Vaccination in Bombay 1889-1901 - 1889-1901
Year: 1889
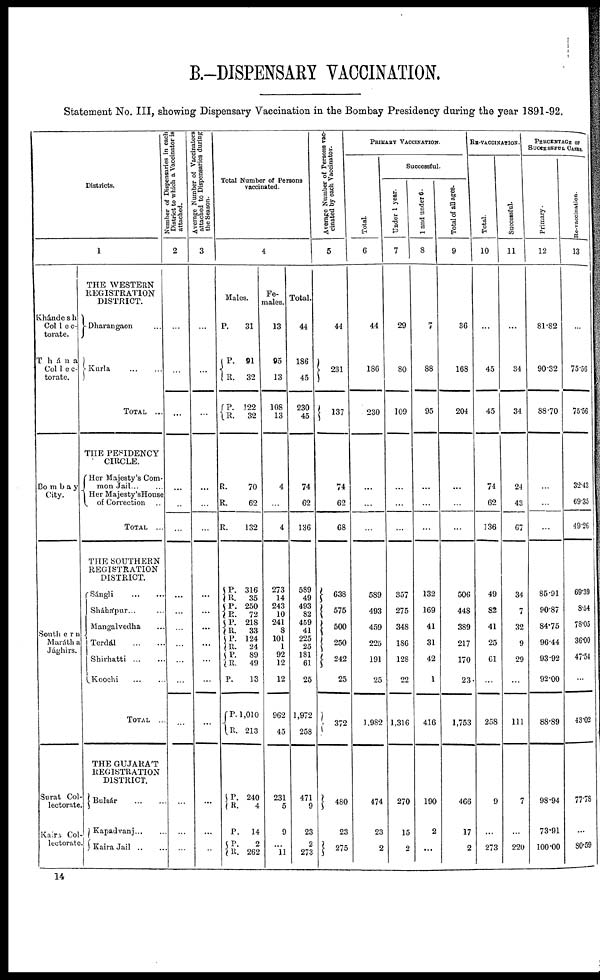
B.—DISPENSARY VACCINATION.
Statement No. III, showing Dispensary Vaccination in the Bombay Presidency during the year 1891-92.
Districts.
1
Khándesh
Col1ec-
torate.
Thána
Col1ec-
torate.
Bombay
City.
Southern
Marátha
Jághirs.
Surat Col-
lectorate.
Kaira Col-
lectorate.
THE WESTERN
REGISTRATION
DISTRICT.
Dharangaon ...
Kurla
...
...
TOTAL ...
THE PESIDENCY
CIRCLE.
Her Majesty's Com-
mon Jail ... ...
Her Majesty'sHouse
of Correction ..
TOTAL ...
THE SOUTHERN
REGISTRATION
DISTRICT.
Sángli
...
...
Sháhápur... ...
Mangalvedha ...
Terdál
...
...
Shirhatti
...
...
Koochi ... ...
TOTAL ...
THE GUJARA'T
REGISTRATION
DISTRICT.
Bulsár
...
...
Kapadvanj ... ...
Kaira Jail ... ...
Number of Dispensaries in each
District to which a Vaccinator is
attached.
2
...
...
...
...
...
...
...
...
...
...
...
...
...
...
...
...
Average Number of Vaccinators
attached to Dispensaries during
the Season.
3
...
...
...
...
...
...
...
...
...
...
...
...
...
...
...
...
Total Number of Persons
vaccinated.
4
Males.
P.
P.
R.
P.
R.
R.
R.
R.
P. R.
P.
R.
P.
R.
P.
R.
P.
R.
P.
P.
R.
P.
R.
P.
P.
R.
31
91
32
122
32
70
62
132
316
35
250
72
218
33
124
24
89
49
13
1,010
213
240
4
14
2
262
Fe-
males.
13
95
13
108
13
4
...
4
273
14
243
10
241
8
101
1
92
12
12
962
45
231
5
9
...
11
Total.
44
186
45
230
45
74
62
136
589
49
493
82
459
41
225
25
181
61
25
1,972
258
471
9
23
2
273
Average Number of Persons vac-
cinated by each Vaccinator.
5
44
231
137
74
62
68
638
575
500
250
242
25
372
480
23
275
PRIMARY VACCINATION.
Total
6
44
186
230
...
...
...
589
493
459
225
191
25
1,982
474
23
2
Successful.
Under 1 year.
7
29
80
109
...
...
...
357
275
348
186
128
22
1,316
270
15
2
1 and under 6.
8
7
88
95
...
...
...
132
169
41
31
42
1
416
190
2
...
Total of all ages.
9
36
168
204
...
...
...
506
448
389
217
170
23
1,753
466
17
2
RE-VACCINATION.
Total.
10
...
45
45
74
62
136
49
82
41
25
61
...
258
9
...
273
Successful.
11
...
34
34
24
43
67
34
7
32
9
29
...
111
7
...
220
PERCENTAGE OF
SUCCESSFUL CASES
Primary.
12
81.82
90.32
88.70
...
...
...
85.91
90.87
84.75
96.44
93.92
92.00
88.89
98.94
73.91
100.00
Re-vaccination.
13
...
75.56
75.56
32.43
69.35
49.26
69.39
8.54
78.05
36.00
47.54
...
43.02
77.78
...
80.59
14